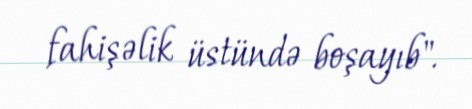
fahişəlik üstündə boşayıb".